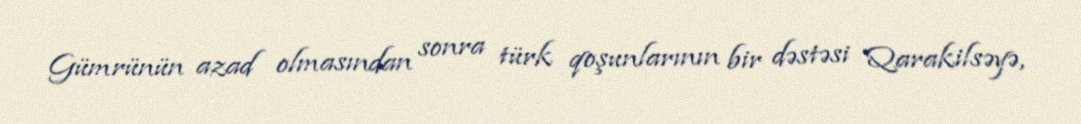
Gümrünün azad olmasından sonra türk qoşunlarının bir dəstəsi Qarakilsəyə,